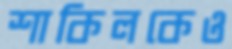
শাকিলকেও